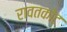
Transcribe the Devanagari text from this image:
रावतकोट